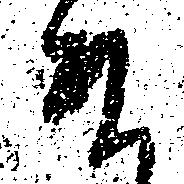
ま